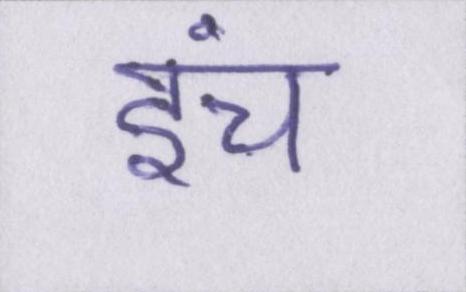
इंच